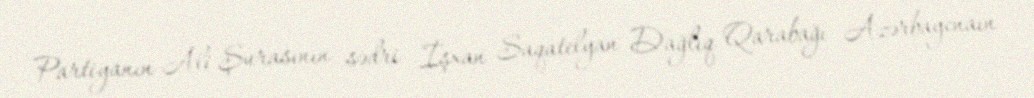
Partiyanın Ali Şurasının sədri İşxan Saqatelyan Dağlıq Qarabağı Azərbaycnaın